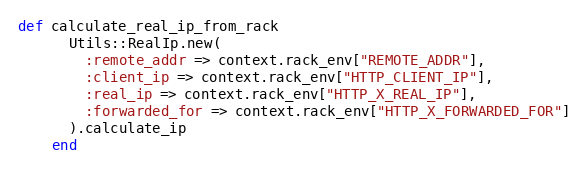
Language: Ruby
def calculate_real_ip_from_rack
      Utils::RealIp.new(
        :remote_addr => context.rack_env["REMOTE_ADDR"],
        :client_ip => context.rack_env["HTTP_CLIENT_IP"],
        :real_ip => context.rack_env["HTTP_X_REAL_IP"],
        :forwarded_for => context.rack_env["HTTP_X_FORWARDED_FOR"]
      ).calculate_ip
    end